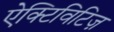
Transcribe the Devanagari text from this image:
ऐक्टिविटिज़